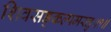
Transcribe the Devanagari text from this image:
शिवसङ्कल्पमस्तु॥१॥